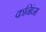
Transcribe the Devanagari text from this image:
कनिंघ्म